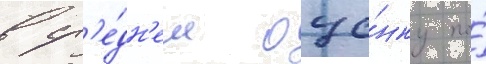
в ср'е́дн'ем оце́нку по́